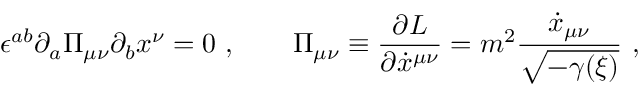
\epsilon ^ { a b } \partial _ { a } \Pi _ { \mu \nu } \partial _ { b } x ^ { \nu } = 0 \ , \qquad \Pi _ { \mu \nu } \equiv { \frac { \partial L } { \partial \dot { x } ^ { \mu \nu } } } = m ^ { 2 } { \frac { \dot { x } _ { \mu \nu } } { \sqrt { - \gamma ( { \xi } ) } } } \ ,